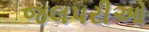
જલપરીઓ